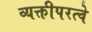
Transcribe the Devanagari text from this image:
व्यक्तीपरत्वे